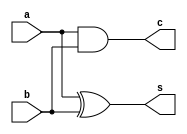
`timescale 1ns / 1ps

module ha_df(input a,b, output c,s);
assign c = a&b;
assign s = a^b;
endmodule

module fa_df(input a,b,cin, output c,s);
assign c = (a&b)|(cin&(a^b));
assign s = a^b^cin;
endmodule

module wtm(input [3:0]a,b,output [7:0]p);
wire w[23:0];
assign p[0] = a[0]&b[0];
ha_df ha1(a[1]&b[0],a[0]&b[1],w[1],p[1]);
fa_df fa1(a[2]&b[0],a[1]&b[1],a[0]&b[2],w[3],w[2]);
fa_df fa2(a[3]&b[0],a[2]&b[1],a[1]&b[2],w[5],w[4]);
fa_df fa3(a[3]&b[1],a[2]&b[2],a[1]&b[3],w[7],w[6]);
ha_df ha2(a[3]&b[2],a[2]&b[3],w[9],w[8]);
ha_df ha3(w[1],w[2],w[10],p[2]);
fa_df fa4(w[4],w[3],a[0]&b[3],w[12],w[11]);
ha_df ha4(w[6],w[5],w[14],w[13]);
ha_df ha5(w[8],w[7],w[16],w[15]);
ha_df ha6(w[9],a[3]&b[3],w[18],w[17]);
ha_df ha7(w[11],w[10],w[19],p[3]);
fa_df fa5(w[13],w[12],w[19],w[20],p[4]);
fa_df fa6(w[15],w[14],w[20],w[21],p[5]);
fa_df fa7(w[17],w[16],w[21],w[22],p[6]);
ha_df ha8(w[18],w[22],w[23],p[7]);
endmodule